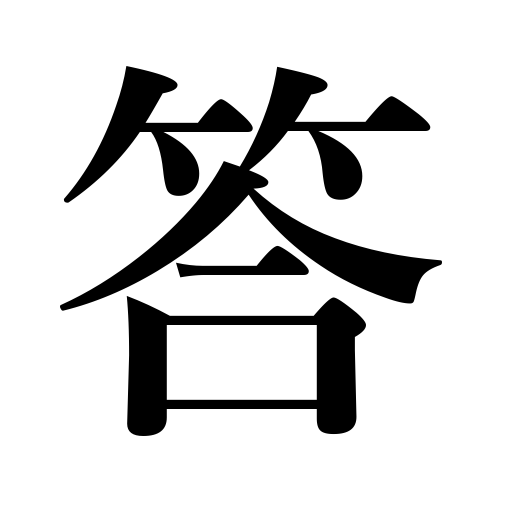
Meanings: answer,respond,solution,solve